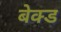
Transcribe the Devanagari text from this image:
बेक्‍ड